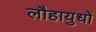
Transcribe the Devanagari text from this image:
लौहायुधों